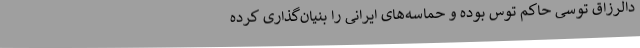
دالرزاق توسی حاکم توس بوده و حماسه‌های ایرانی را بنیان‌گذاری کرده